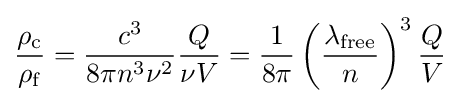
{\frac {\rho _{\rm {c}}}{\rho _{\rm {f}}}}={\frac {c^{3}}{8\pi n^{3}\nu ^{2}}}{\frac {Q}{\nu V}}={\frac {1}{8\pi }}\left({\frac {\lambda _{\rm {free}}}{n}}\right)^{3}{\frac {Q}{V}}